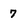
Character: 7